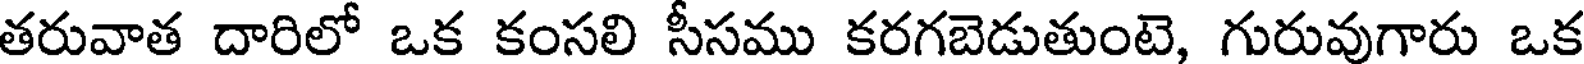
తరువాత దారిలో ఒక కంసలి సీసము కరగబెడుతుంటె, గురువుగారు ఒక